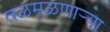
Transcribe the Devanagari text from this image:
तळमळणार्‍या